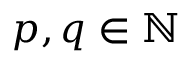
p , q \in \mathbb { N }